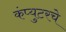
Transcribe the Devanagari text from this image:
कंप्युटरचे